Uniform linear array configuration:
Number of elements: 4
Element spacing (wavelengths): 0.75
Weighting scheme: kaiser
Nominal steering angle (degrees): -45
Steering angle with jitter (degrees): -46.919
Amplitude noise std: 0.05
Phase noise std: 0.05

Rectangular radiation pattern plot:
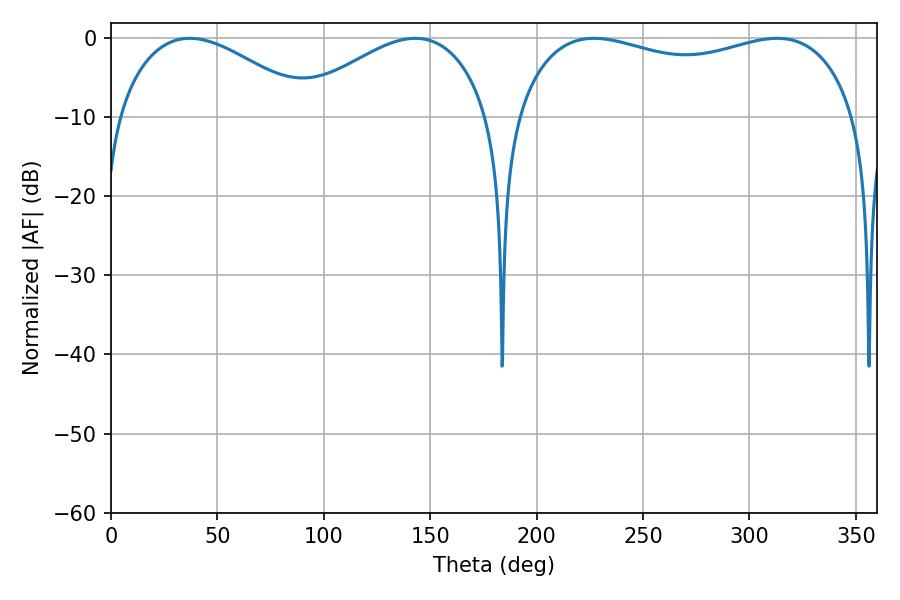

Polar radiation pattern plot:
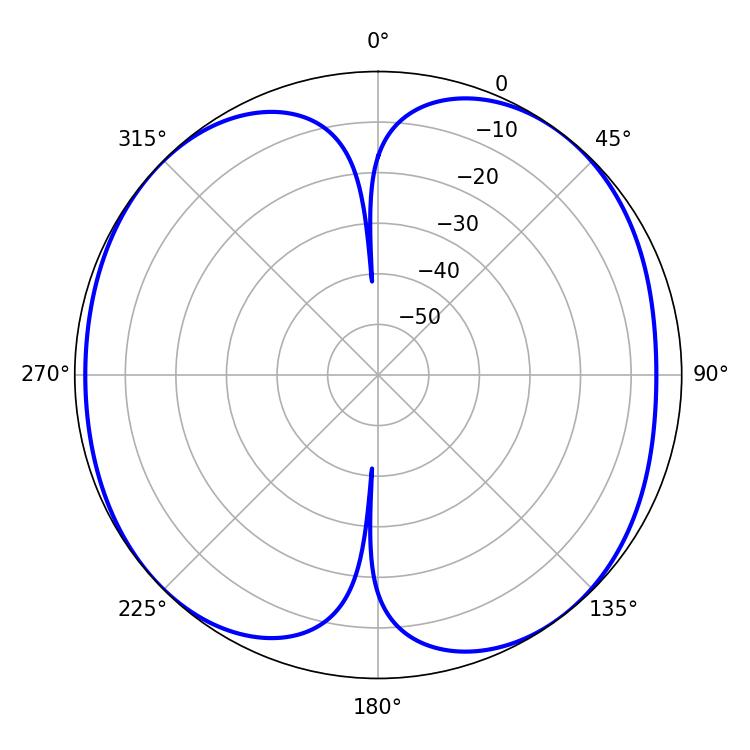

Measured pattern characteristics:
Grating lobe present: TRUE
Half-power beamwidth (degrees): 131.04
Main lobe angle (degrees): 226.98